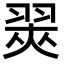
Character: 翜